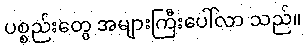
ပစ္စည်းတွေ အများကြီးပေါ်လာ သည်။